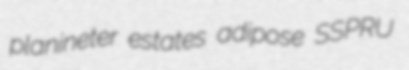
planineter estates adipose SSPRU